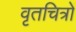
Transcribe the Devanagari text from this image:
वृतचित्रों